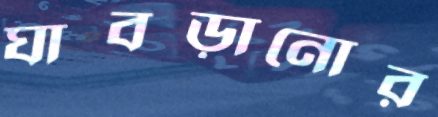
ঘাবড়ানোর